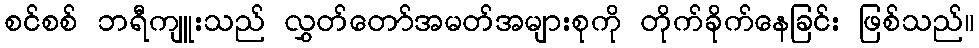
စင်စစ် ဘရီကျူးသည် လွှတ်တော်အမတ်အများစုကို တိုက်ခိုက်နေခြင်း ဖြစ်သည်။